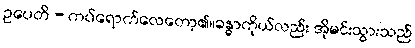
ဥပေတိ - ကပ်ရောက်လေတော့၏။ခန္ဓာကိုယ်လည်း အိုမင်းသွားသည်